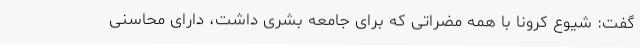
گفت: شیوع کرونا با همه مضراتی که برای جامعه بشری داشت، دارای محاسنی